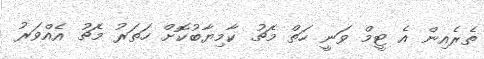
ތެރެއިން އެ ޓީމް ވަނީ ހަތް މެޗު ކާމިޔާބުކޮށް ހަތަރު މެޗު އެއްވަރު